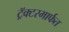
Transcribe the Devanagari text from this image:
ट्रॅक्टरमार्फत